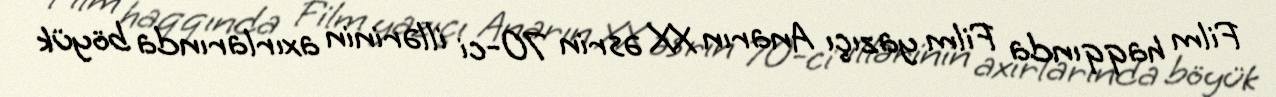
Film haqqında Film yazıçı Anarın XX əsrin 70-ci illərinin axırlarında böyük